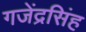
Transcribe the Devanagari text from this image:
गजेंद्रसिंह